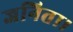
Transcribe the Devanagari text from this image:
जनिता।